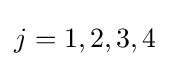
j=1,2,3,4